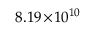
8 . 1 9 \! \times \! 1 0 ^ { 1 0 }